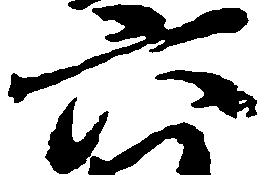
六